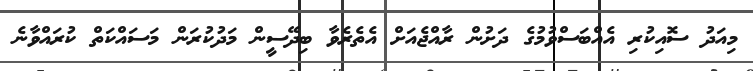
މިއަދު ސޮއިކުރި އެއްބަސްވުމުގެ ދަށުން ރާއްޖެއަށް އެތެރެވާ ބިދޭސީން މަދުކުރަން މަސައްކަތް ކުރައްވާނެ